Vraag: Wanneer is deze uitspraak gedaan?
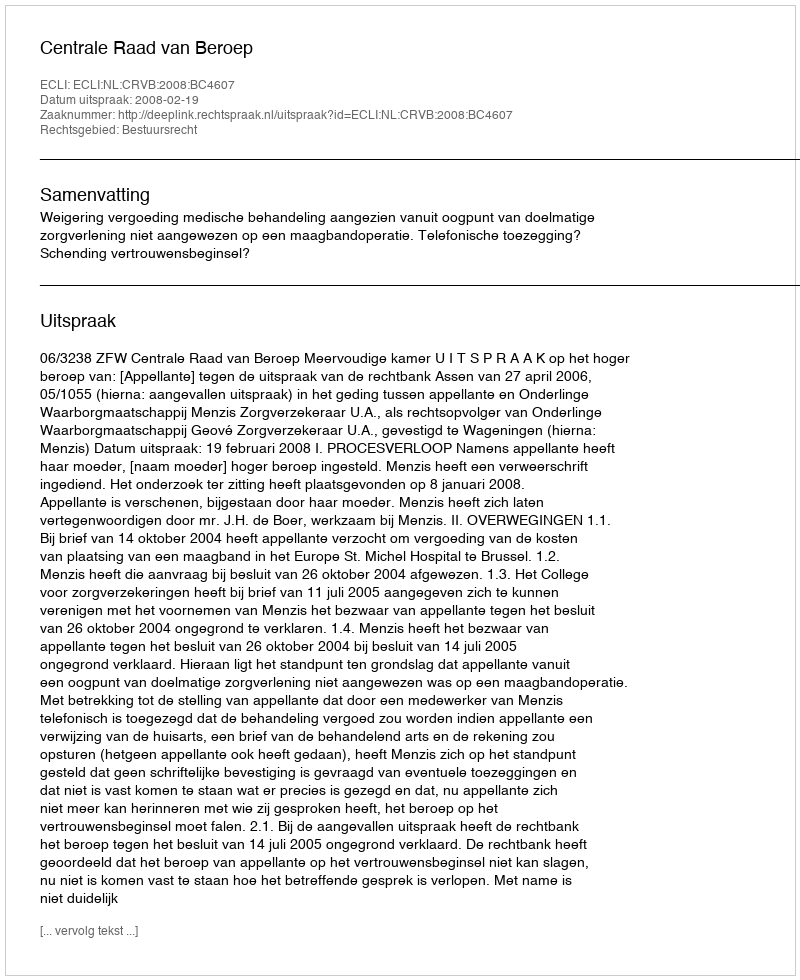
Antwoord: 2008-02-19